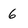
Character: 6